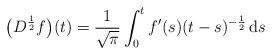
LaTeX: \begin{align*}\bigl( D^{\frac{1}{2}} f \bigr) (t) = \frac{1}{\sqrt{\pi}} \int_{0}^{t} f'(s) (t-s)^{-\frac{1}{2}} \,\mathrm{d} s\end{align*}